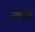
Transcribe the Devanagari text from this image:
नाएब